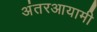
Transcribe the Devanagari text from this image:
अंतरआयामी